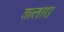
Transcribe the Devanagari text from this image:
तालारा